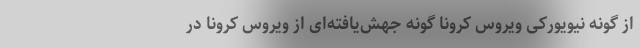
از گونه نیویورکی ویروس کرونا گونه جهش‌یافته‌ای از ویروس کرونا در